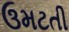
ઉમટતી